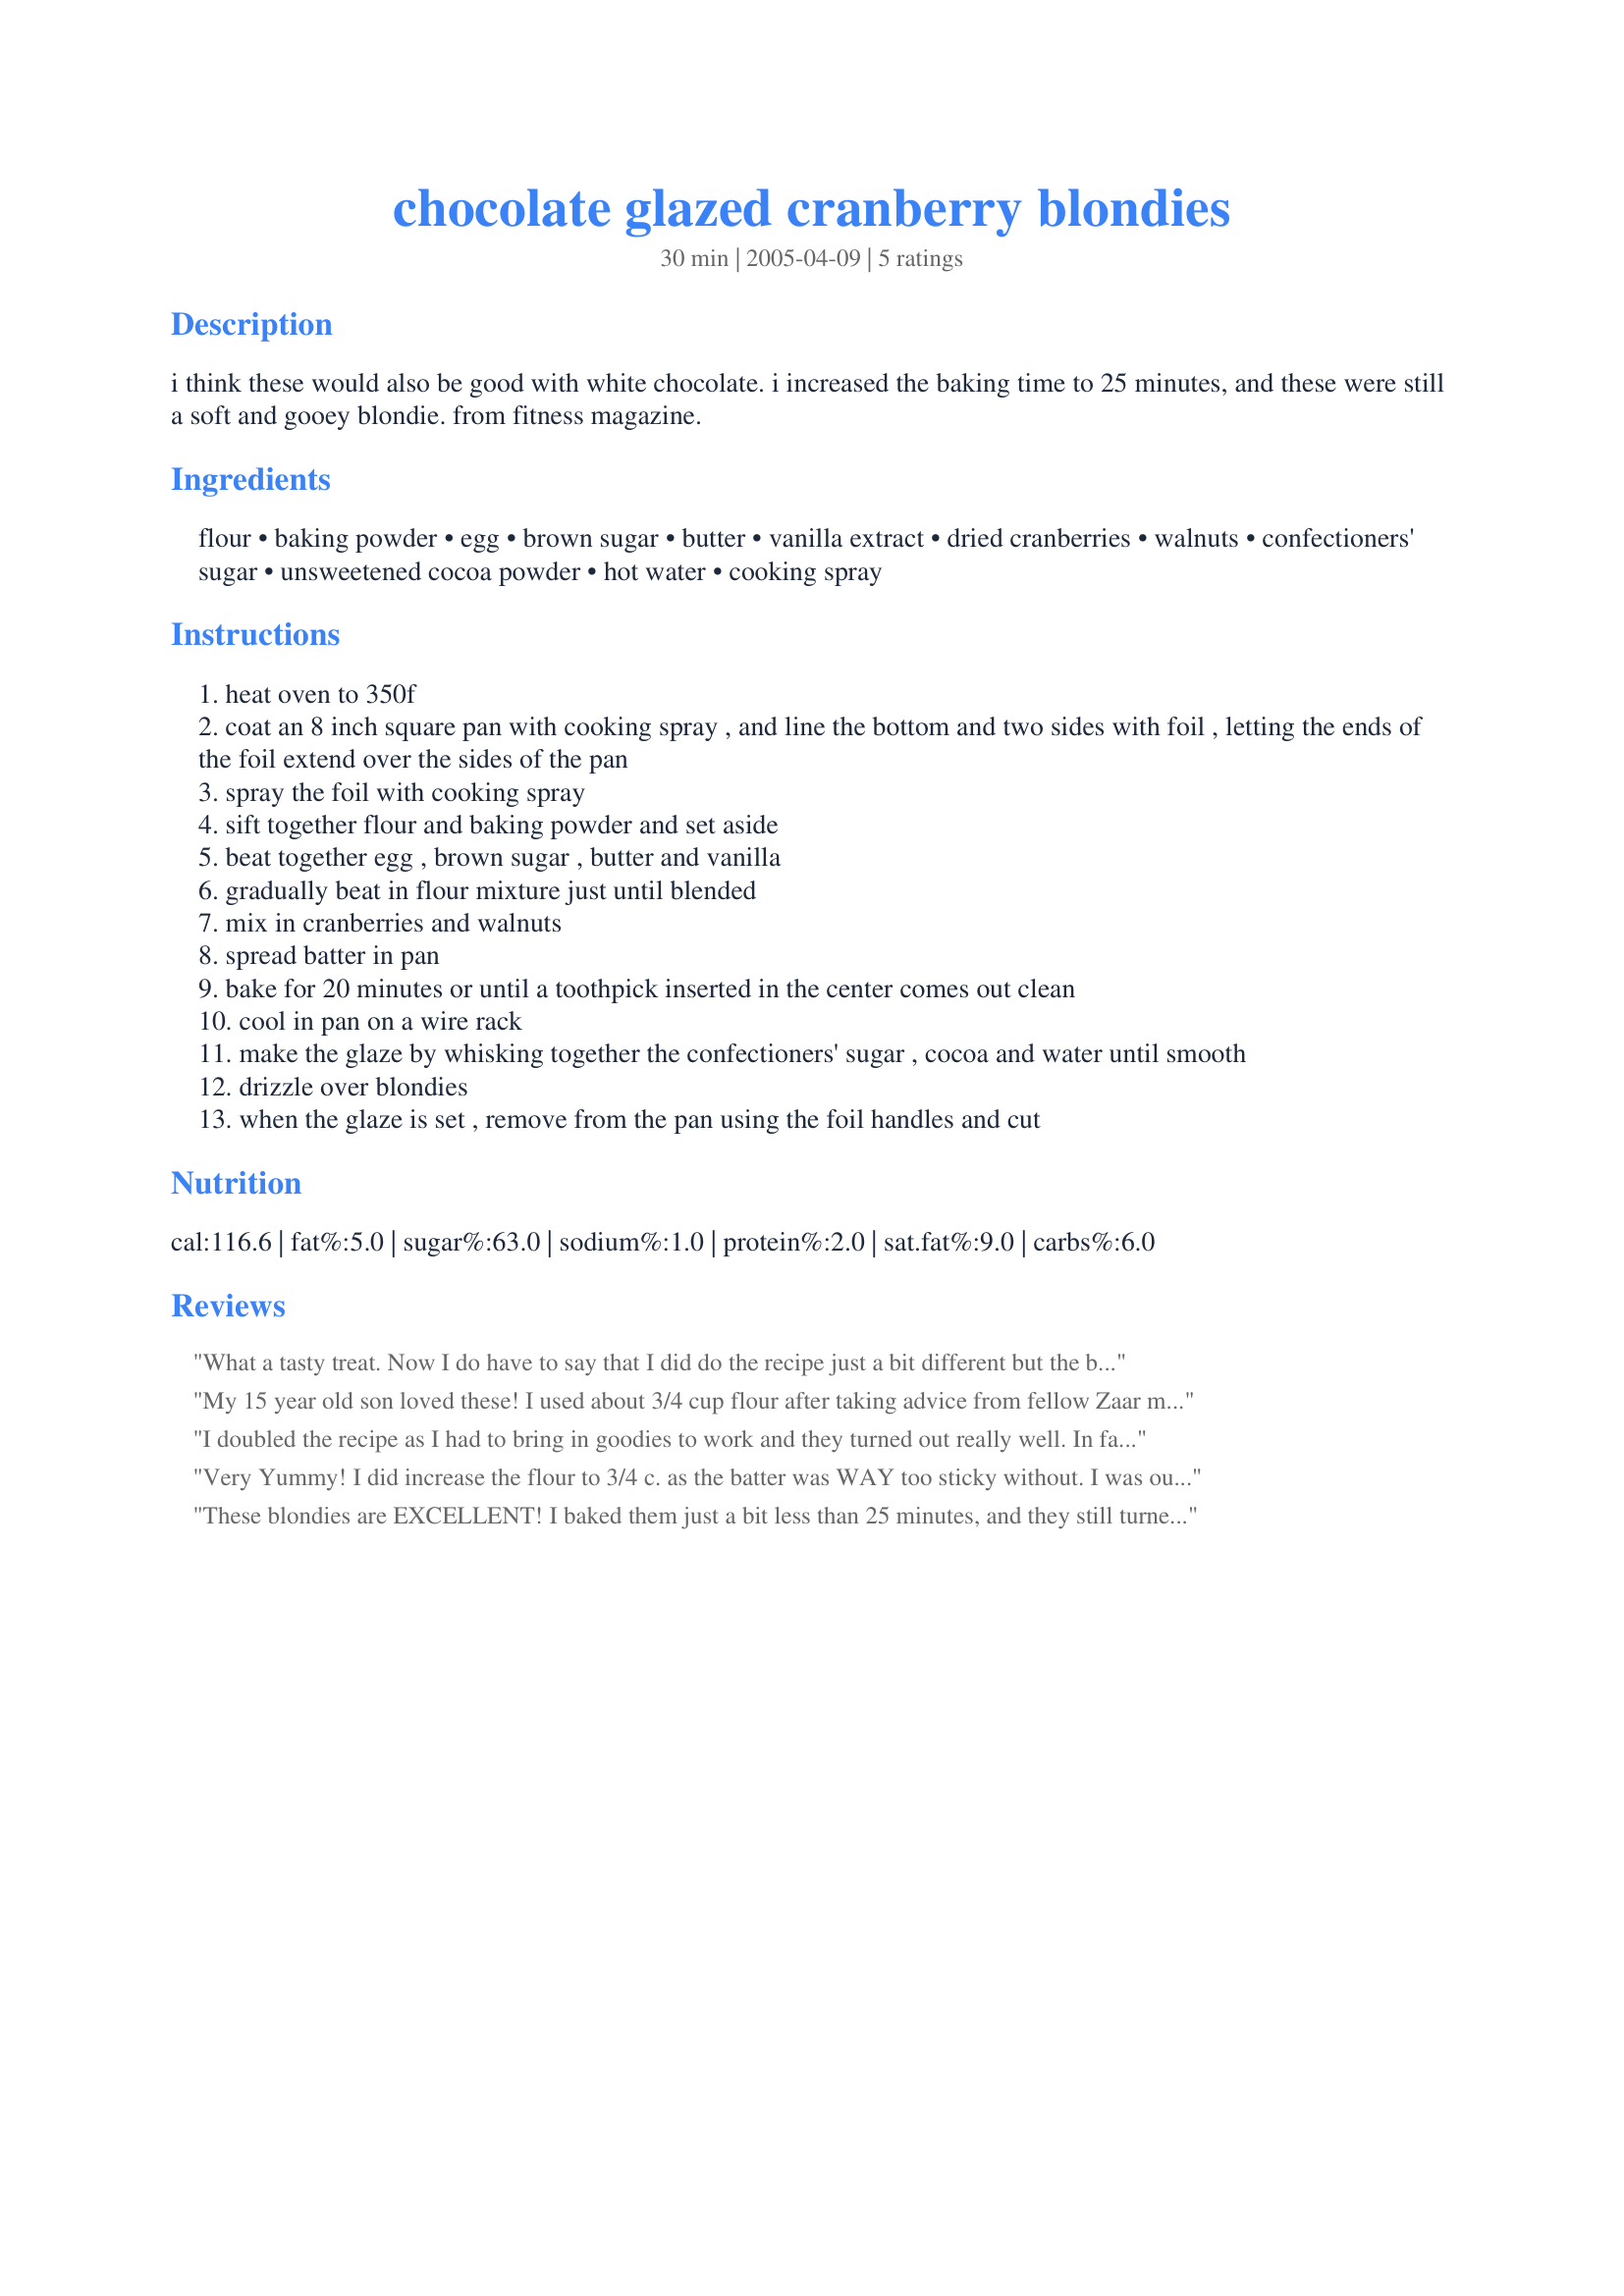
chocolate glazed cranberry blondies
Preparation time: 30 minutes

i think these would also be good with white chocolate. i increased the baking time to 25 minutes, and these were still a soft and gooey blondie. from fitness magazine.

Ingredients:
flour, baking powder, egg, brown sugar, butter, vanilla extract, dried cranberries, walnuts, confectioners' sugar, unsweetened cocoa powder, hot water, cooking spray

Steps:
heat oven to 350f
coat an 8 inch square pan with cooking spray , and line the bottom and two sides with foil , letting the ends of the foil extend over the sides of the pan
spray the foil with cooking spray
sift together flour and baking powder and set aside
beat together egg , brown sugar , butter and vanilla
gradually beat in flour mixture just until blended
mix in cranberries and walnuts
spread batter in pan
bake for 20 minutes or until a toothpick inserted in the center comes out clean
cool in pan on a wire rack
make the glaze by whisking together the confectioners' sugar , cocoa and water until smooth
drizzle over blondies
when the glaze is set , remove from the pan using the foil handles and cut

Reviews:
What a tasty treat. Now I do have to say that I did do the recipe just a bit different but the basic recipe was the same. I did not line the pan with foil, figuring that since the recipe came from Fitness Magazine it was a way to save a few calories from the cooking spray. I sprayed the pan and had no problems cutting the pieces and taking them out. I had some dried cherries in the house and used those in place of the cranberries - an equally good substitution and for the glaze I melted white chocolate and drizzled it over the top. My family loved it. Crispy on the outside, chewy on the inside. I think most any dried fruit in these blondies would be great.
My 15 year old son loved these! I used about 3/4 cup flour after taking advice from fellow Zaar members and because I doubled the recipe I substituted half the butter with applesauce. It was wonderful. I drizzled a little melted white chocolate on top too. Thanks Kburie!
I doubled the recipe as I had to bring in goodies to work and they turned out really well. In fact, several people asked for the recipe. I did them with a white chocolate glaze. I will definitely make these again!
Very Yummy! I did increase the flour to 3/4 c. as the batter was WAY too sticky without. I was out of walnuts (which would have only enhanced this bar) so they were left out. I used maybe only half the glaze as I didn't want the glaze to dominate the taste. Infact next time I may leave it off altogether and maybe use 1/2 c. mini chocolate chips instead for extra ease of preperation. A wonderful bar with chewy edges and a softer center, sweet bar, tangy cranberries and earthy chocolate...a winning combination.
These blondies are EXCELLENT! I baked them just a bit less than 25 minutes, and they still turned out very moist. The flavor combination is great. The chocolate glaze really complements the cranberries, in a somewhat unexpected combination. I used about 2 1/2 tbsp non hydroginated light margarine (since the water content is higher) and actually halved the sugar to 1/2 cup, and still found it plenty sweet. I also cut the glaze in less than half as not everyone in my family wanted glaze. Thanks kburie!
